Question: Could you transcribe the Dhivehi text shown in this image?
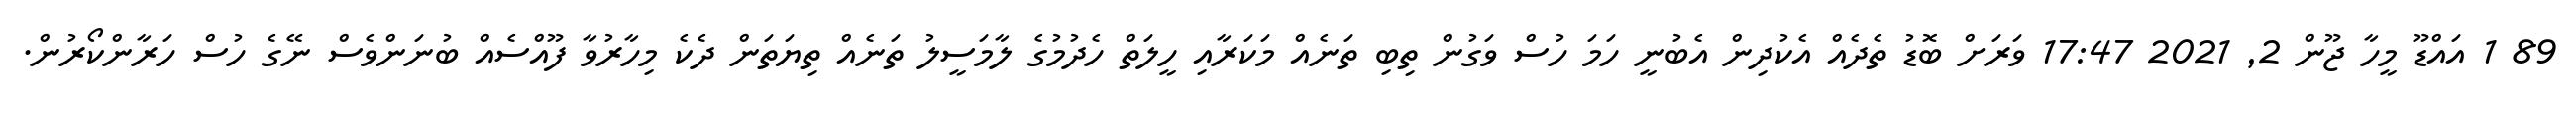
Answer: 89 1 އައްޑޫ މީހާ ޖޫން 2, 2021 17:47 ވަރަށް ބޮޑު ތެދެއް އެކުދިން އެބުނީ ހަމަ ހުސް ވަގުން ތިބި ތަނެއް މަކަރާއި ހީލަތް ހެދުމުގެ ލާމަސީލު ތަނެއް ތިޔަތަން ދެކެ މިހާރުވާ ފޫއްސެއް ބުނަންވެސް ނޭގެ ހުސް ހަރާންކޯރުން.